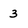
Character: 3